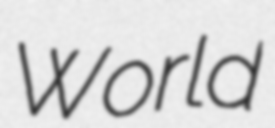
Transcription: World